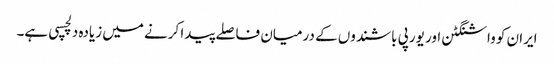
ایران کو واشنگٹن اور یورپی باشندوں کے درمیان فاصلے پیدا کرنے میں زیادہ دلچسپی ہے۔